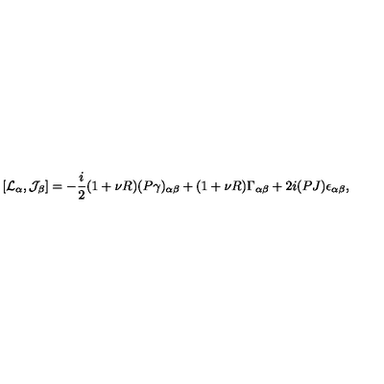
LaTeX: [ { \cal L } _ { \alpha } , { \cal J } _ { \beta } ] = - \frac { i } { 2 } ( 1 + \nu R ) ( P \gamma ) _ { \alpha \beta } + ( 1 + \nu R ) \Gamma _ { \alpha \beta } + 2 i ( P J ) \epsilon _ { \alpha \beta } ,